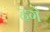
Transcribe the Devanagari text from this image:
हगे